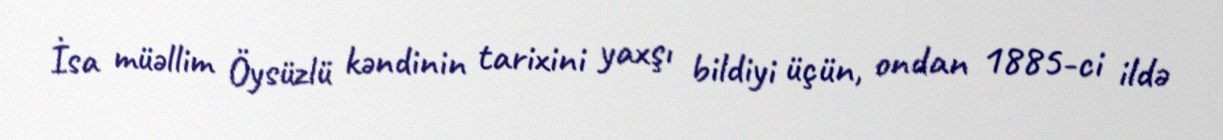
İsa müəllim Öysüzlü kəndinin tarixini yaxşı bildiyi üçün, ondan 1885-ci ildə